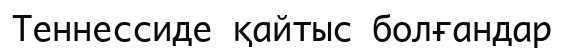
Теннессиде қайтыс болғандар